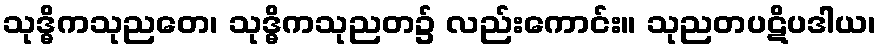
သုဒ္ဓိကသုညတေ၊ သုဒ္ဓိကသုညတ၌ လည်းကောင်း။ သုညတပဋိပဒါယ၊